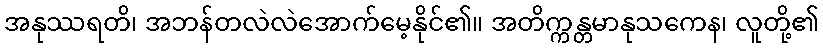
အနုဿရတိ၊ အဘန်တလဲလဲအောက်မေ့နိုင်၏။ အတိက္ကန္တမာနုသကေန၊ လူတို့၏